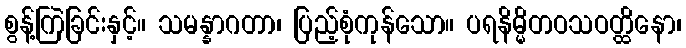
စွန့်ကြဲခြင်းနှင့်။ သမန္နာဂတာ၊ ပြည့်စုံကုန်သော။ ပရနိမ္မိတဝသဝတ္ထိနော၊